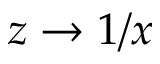
z \to 1 / x